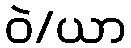
ဝဲ/ယာ